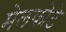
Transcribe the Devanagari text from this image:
मेलकोटे